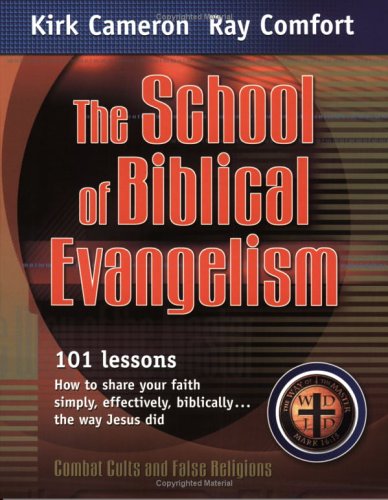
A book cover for School Of Biblical Evangelism: 101 Lessons: How To Share Your Faith Simply, Effectively, Biblically... The Way Jesus Did; Kirk Cameron; Christian Books & Bibles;